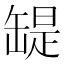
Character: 𦉁